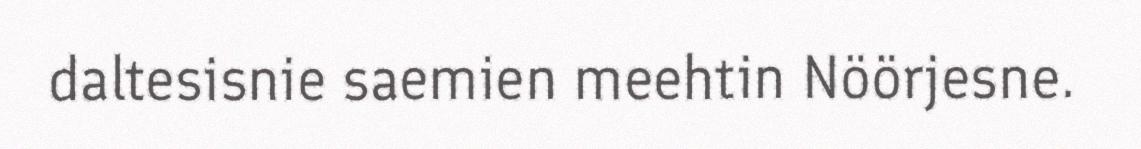
daltesisnie saemien meehtin Nöörjesne.